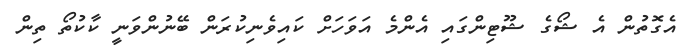
އެގޮތުން އެ ޝޯގެ ޝޫޓިންގައި އެންމެ އަވަހަށް ކައިވެނިކުރަން ބޭނުންވަނީ ކާކުތޯ ތިން